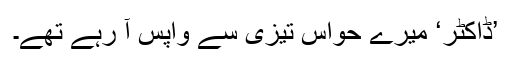
’ڈاکٹر‘ میرے حواس تیزی سے واپس آ رہے تھے۔